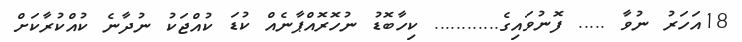
18އަހަރު ނުވާ ..... ފޮނުވައިގެ............ ކިހާބޮޑު ނުހޮރޮއްޕާނެއް ކުޑަ ކުއްޖަކު ނުދާނެ ކުއްކުރާކަށް